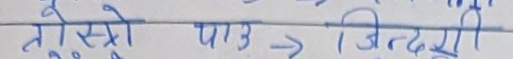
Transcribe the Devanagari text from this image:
तेस्रो पाउ → जिन्दगी